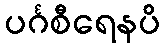
ပင်္ဂစီရေနပိ